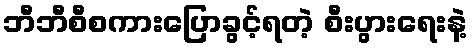
ဘီဘီစီစကားပြောခွင့်ရတဲ့ စီးပွားရေးနဲ့